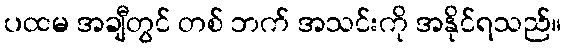
ပထမ အချီတွင် တစ် ဘက် အသင်းကို အနိုင်ရသည်။